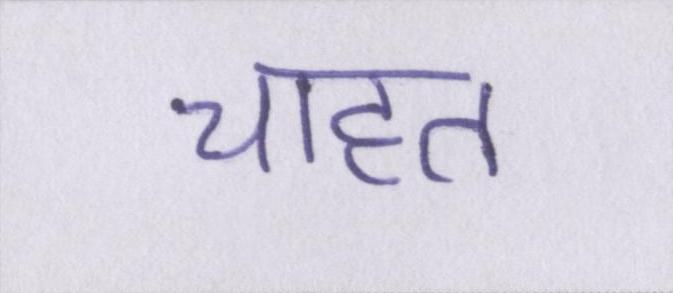
चाहत